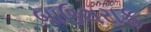
બાઉલરાફ